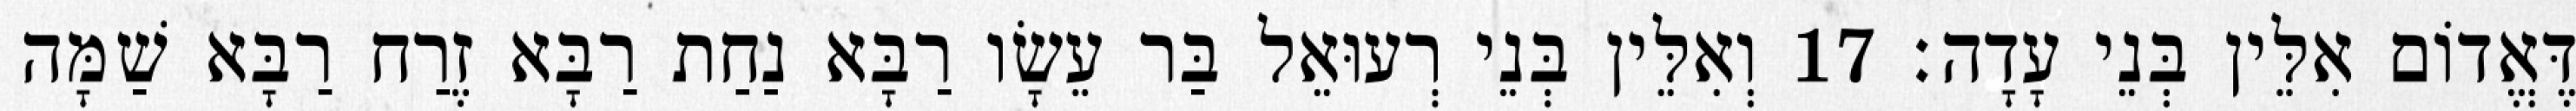
דֶּאֱדוֹם אִלֵּין בְּנֵי עָדָה׃ 17 וְאִלֵּין בְּנֵי רְעוּאֵל בַּר עֵשָׂו רַבָּא נַחַת רַבָּא זֶרַח רַבָּא שַׁמָּה